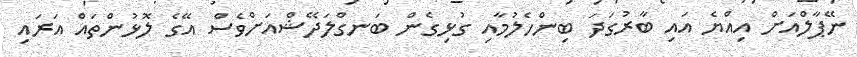
ނޭޕާލްއަށް އިއްޔެ އައި ބާރުގަދަ ބިންހެލުމާއި ގުޅިގެން ބަނގްލަދޭޝްއަށްވެސް އޭގެ ލޮޅުންތައް އަރައި